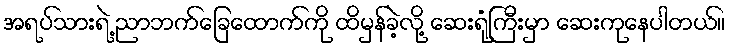
အရပ်သားရဲ့ ညာဘက်ခြေထောက်ကို ထိမှန်ခဲ့လို့ ဆေးရုံကြီးမှာ ဆေးကုနေပါတယ်။